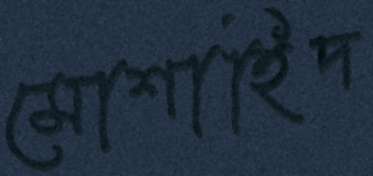
মোশাহিদ